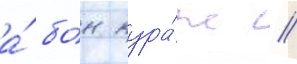
а́ бо́н кура́ж //